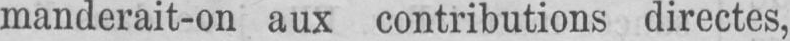
manderait-on aux contributions directes,